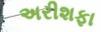
અરીશફા